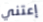
إعتني